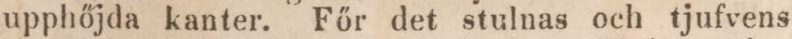
upphőjda kanter. Főr det stulnas och tjufvens